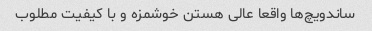
ساندویچ‌ها واقعا عالی هستن خوشمزه و با کیفیت مطلوب